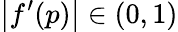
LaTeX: \left|f^{\prime}(p)\right|\in(0,1)